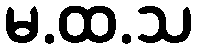
မ.ထ.သ